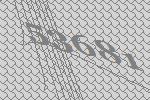
53681